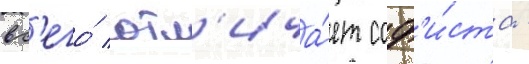
вс'его́ отл'ича́ет соф'и́ста -